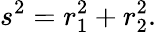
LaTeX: s^{2}=r_{1}^{2}+r_{2}^{2}.